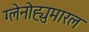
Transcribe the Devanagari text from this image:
ग्लेनोह्युमारल